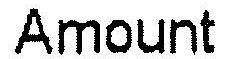
AMOUNT